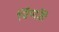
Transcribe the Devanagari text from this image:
चिंपाॅज़ी